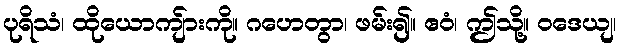
ပုရိသံ၊ ထိုယောကျ်ားကို။ ဂဟေတွာ၊ ဖမ်း၍။ ဧဝံ၊ ဤသို့။ ဝဒေယျ၊